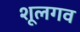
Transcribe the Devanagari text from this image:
शूलगव